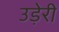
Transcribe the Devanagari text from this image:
उड़ेरी